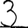
Digit: 3